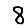
Digit: 8